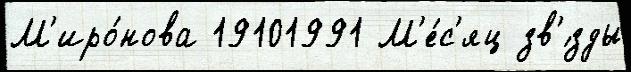
М'иро́нова 19101991 М'е́с'яц зв'́зды